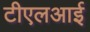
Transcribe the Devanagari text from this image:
टीएलआई